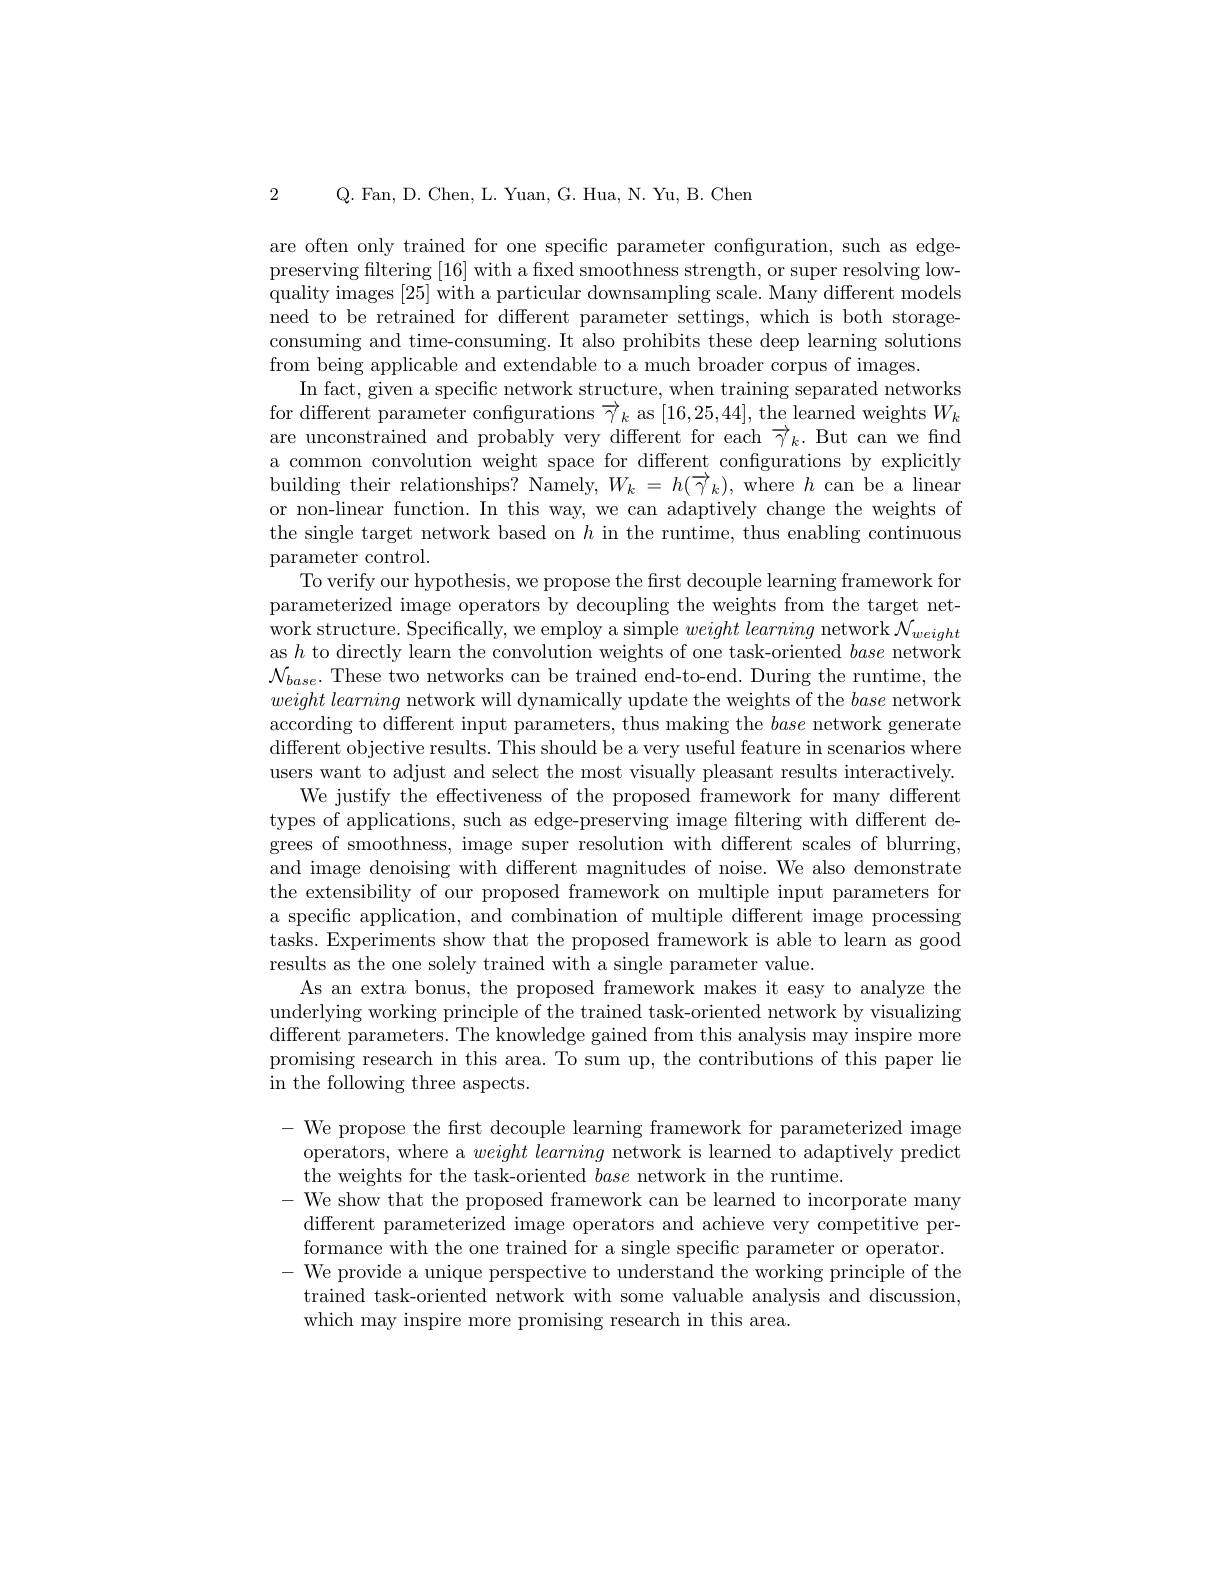
2 Q. Fan, D. Chen, L. Yuan, G. Hua, N. Yu, B. Chen

are often only trained for one specific parameter confguration, such as edgepreserving filtering [16] with a fixed smoothness strength, or super resolving lowquality images [25] with a particular downsampling scale. Many different models need to be retrained for different parameter settings, which is both storageconsuming and time-consuming. It also prohibits these deep learning solutions from being applicable and extendable to a much broader corpus of images.
In fact, given a specific network structure, when training separated networks for different parameter configurations $\overrightarrow{\gamma}_k$ as [16,25,44],the learned weights $W_k$ are unconstrained and probably very different for each $\overrightarrow{\gamma}_k.$ But can we find a common convolution weight space for different configurations by explicitly building their relationships? Namely, $W_k=h(\overrightarrow{\gamma}_k)$, where $h$ can be a linear or non-linear function. In this way, we can adaptively change the weights of the single target network based on $h$ in the runtime, thus enabling continuous parameter control.
To verify our hypothesis, we propose the first decouple learning framework for parameterized image operators by decoupling the weights from the target network structure. Specifically, we employ a simple $weight learning network {\mathcal{N} }_{weight}$ as $h$ to directly learn the convolution weights of one task-oriented base network $\mathcal{N}_{base}.$ These two networks can be trained end-to-end. During the runtime, the $weight\textit{ learning network will dynamically update the weights of the }base$ network according to different input parameters, thus making the base network generate different objective results. This should be a very useful feature in scenarios where users want to adjust and select the most visually pleasant results interactively.
We justify the effectiveness of the proposed framework for many different types of applications, such as edge-preserving image filtering with different degrees of smoothness, image super resolution with different scales of blurring, and image denoising with different magnitudes of noise. We also demonstrate the extensibility of our proposed framework on multiple input parameters for a specific application, and combination of multiple different image processing tasks. Experiments show that the proposed framework is able to learn as good results as the one solely trained with a single parameter value.
As an extra bonus, the proposed framework makes it easy to analyze the underlying working principle of the trained task-oriented network by visualizing different parameters. The knowledge gained from this analysis may inspire more promising research in this area. To sum up, the contributions of this paper lie in the following three aspects.

- We propose the frst decouple learning framework for parameterized image
operators, where a $weight\textit{learning network is learned to adaptively predict}$
the weights for the task-oriented base network in the runtime.
- We show that the proposed framework can be learned to incorporate many different parameterized image operators and achieve very competitive performance with the one trained for a single specific parameter or operator. - We provide a unique perspective to understand the working principle of the trained task-oriented network with some valuable analysis and discussion, which may inspire more promising research in this area